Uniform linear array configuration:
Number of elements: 48
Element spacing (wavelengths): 0.75
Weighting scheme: kaiser
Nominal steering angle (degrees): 60
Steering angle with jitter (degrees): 58.183
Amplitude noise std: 0.05
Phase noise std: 0.05

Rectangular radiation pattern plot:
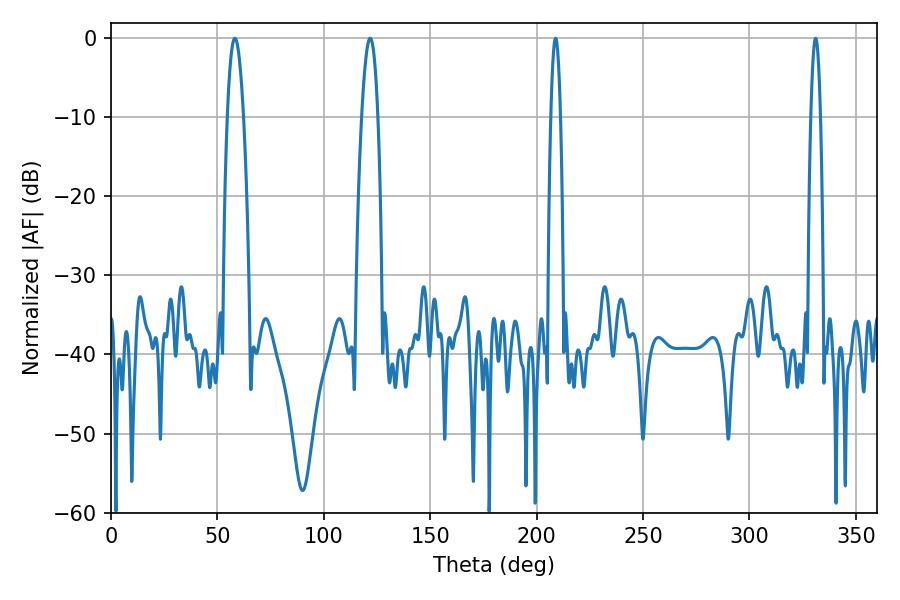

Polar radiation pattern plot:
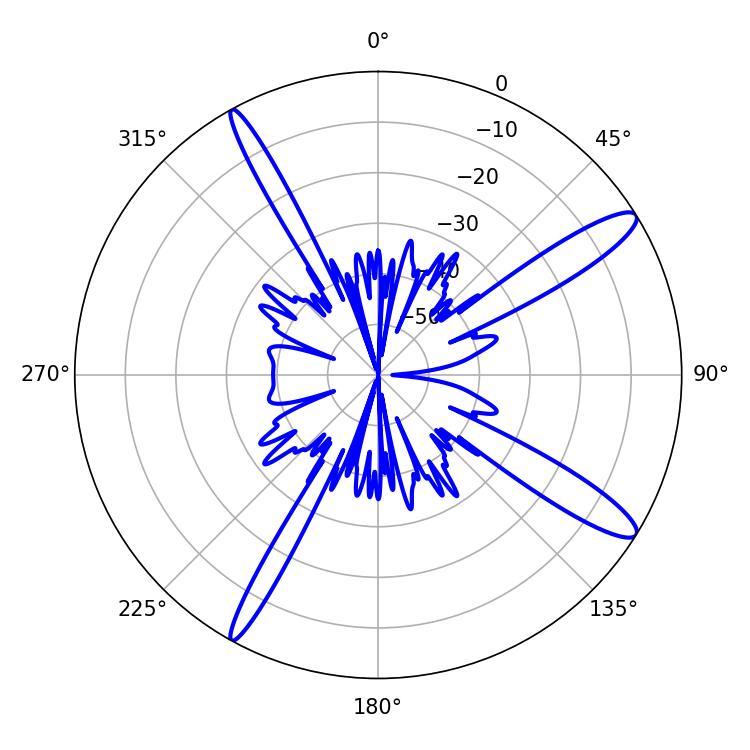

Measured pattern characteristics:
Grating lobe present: TRUE
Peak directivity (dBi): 13.52
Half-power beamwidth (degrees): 4.14
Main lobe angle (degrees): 58.14